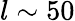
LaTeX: l\sim 50